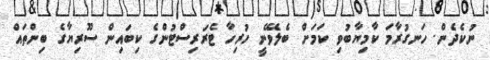
ނުކެދެން. ހަނގުރާމަ ކާމިޔާބުވި ކަމަށް ބެލެވޭނީ ހުރިހާ ޓެރަރިސްޓުންގެ ކިބައިން ސޫރިޔާގެ ބިންތައް